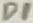
Text: D1